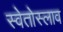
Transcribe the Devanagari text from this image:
स्वेतोस्लाव